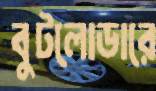
বুটলোডারে